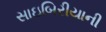
સાઇબિરીયાની